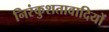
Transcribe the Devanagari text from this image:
निरंकुशतावादियों